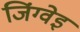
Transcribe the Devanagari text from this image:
जिंग्वेइ